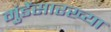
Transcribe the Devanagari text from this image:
मुंडेंसारख्या